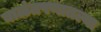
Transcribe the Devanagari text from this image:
बाळंतपणातल्या